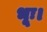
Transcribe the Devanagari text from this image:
भूः।